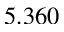
5 . 3 6 0